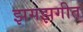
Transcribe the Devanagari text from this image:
झगझगीत